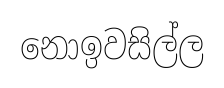
නොඉවසිල්ල